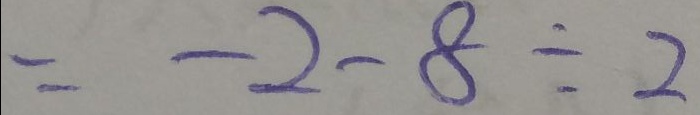
= - 2 - 8 \div 2